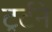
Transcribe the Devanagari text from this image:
ट्रर्टने